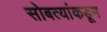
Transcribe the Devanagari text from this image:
सोबत्यांकडून